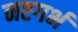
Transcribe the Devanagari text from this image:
नष्टगर्भ